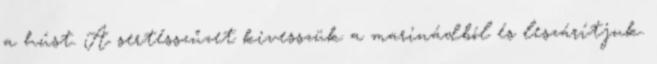
a húst. A sertésszűzet kivesszük a marinádból és leszárítjuk.